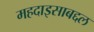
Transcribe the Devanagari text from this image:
महदाइसाबद्दल